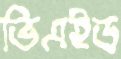
ভিএইড